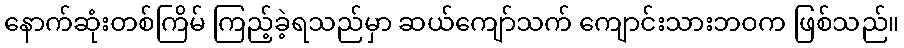
နောက်ဆုံးတစ်ကြိမ် ကြည့်ခဲ့ရသည်မှာ ဆယ်ကျော်သက် ကျောင်းသားဘဝက ဖြစ်သည်။